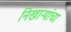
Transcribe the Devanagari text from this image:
निखाऱ्यांचा